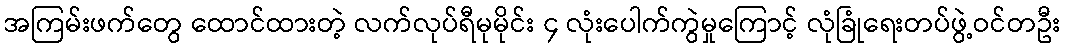
အကြမ်းဖက်တွေ ထောင်ထားတဲ့ လက်လုပ်ရီမုမိုင်း ၄ လုံးပေါက်ကွဲမှုကြောင့် လုံခြုံရေးတပ်ဖွဲ့ဝင်တဦး